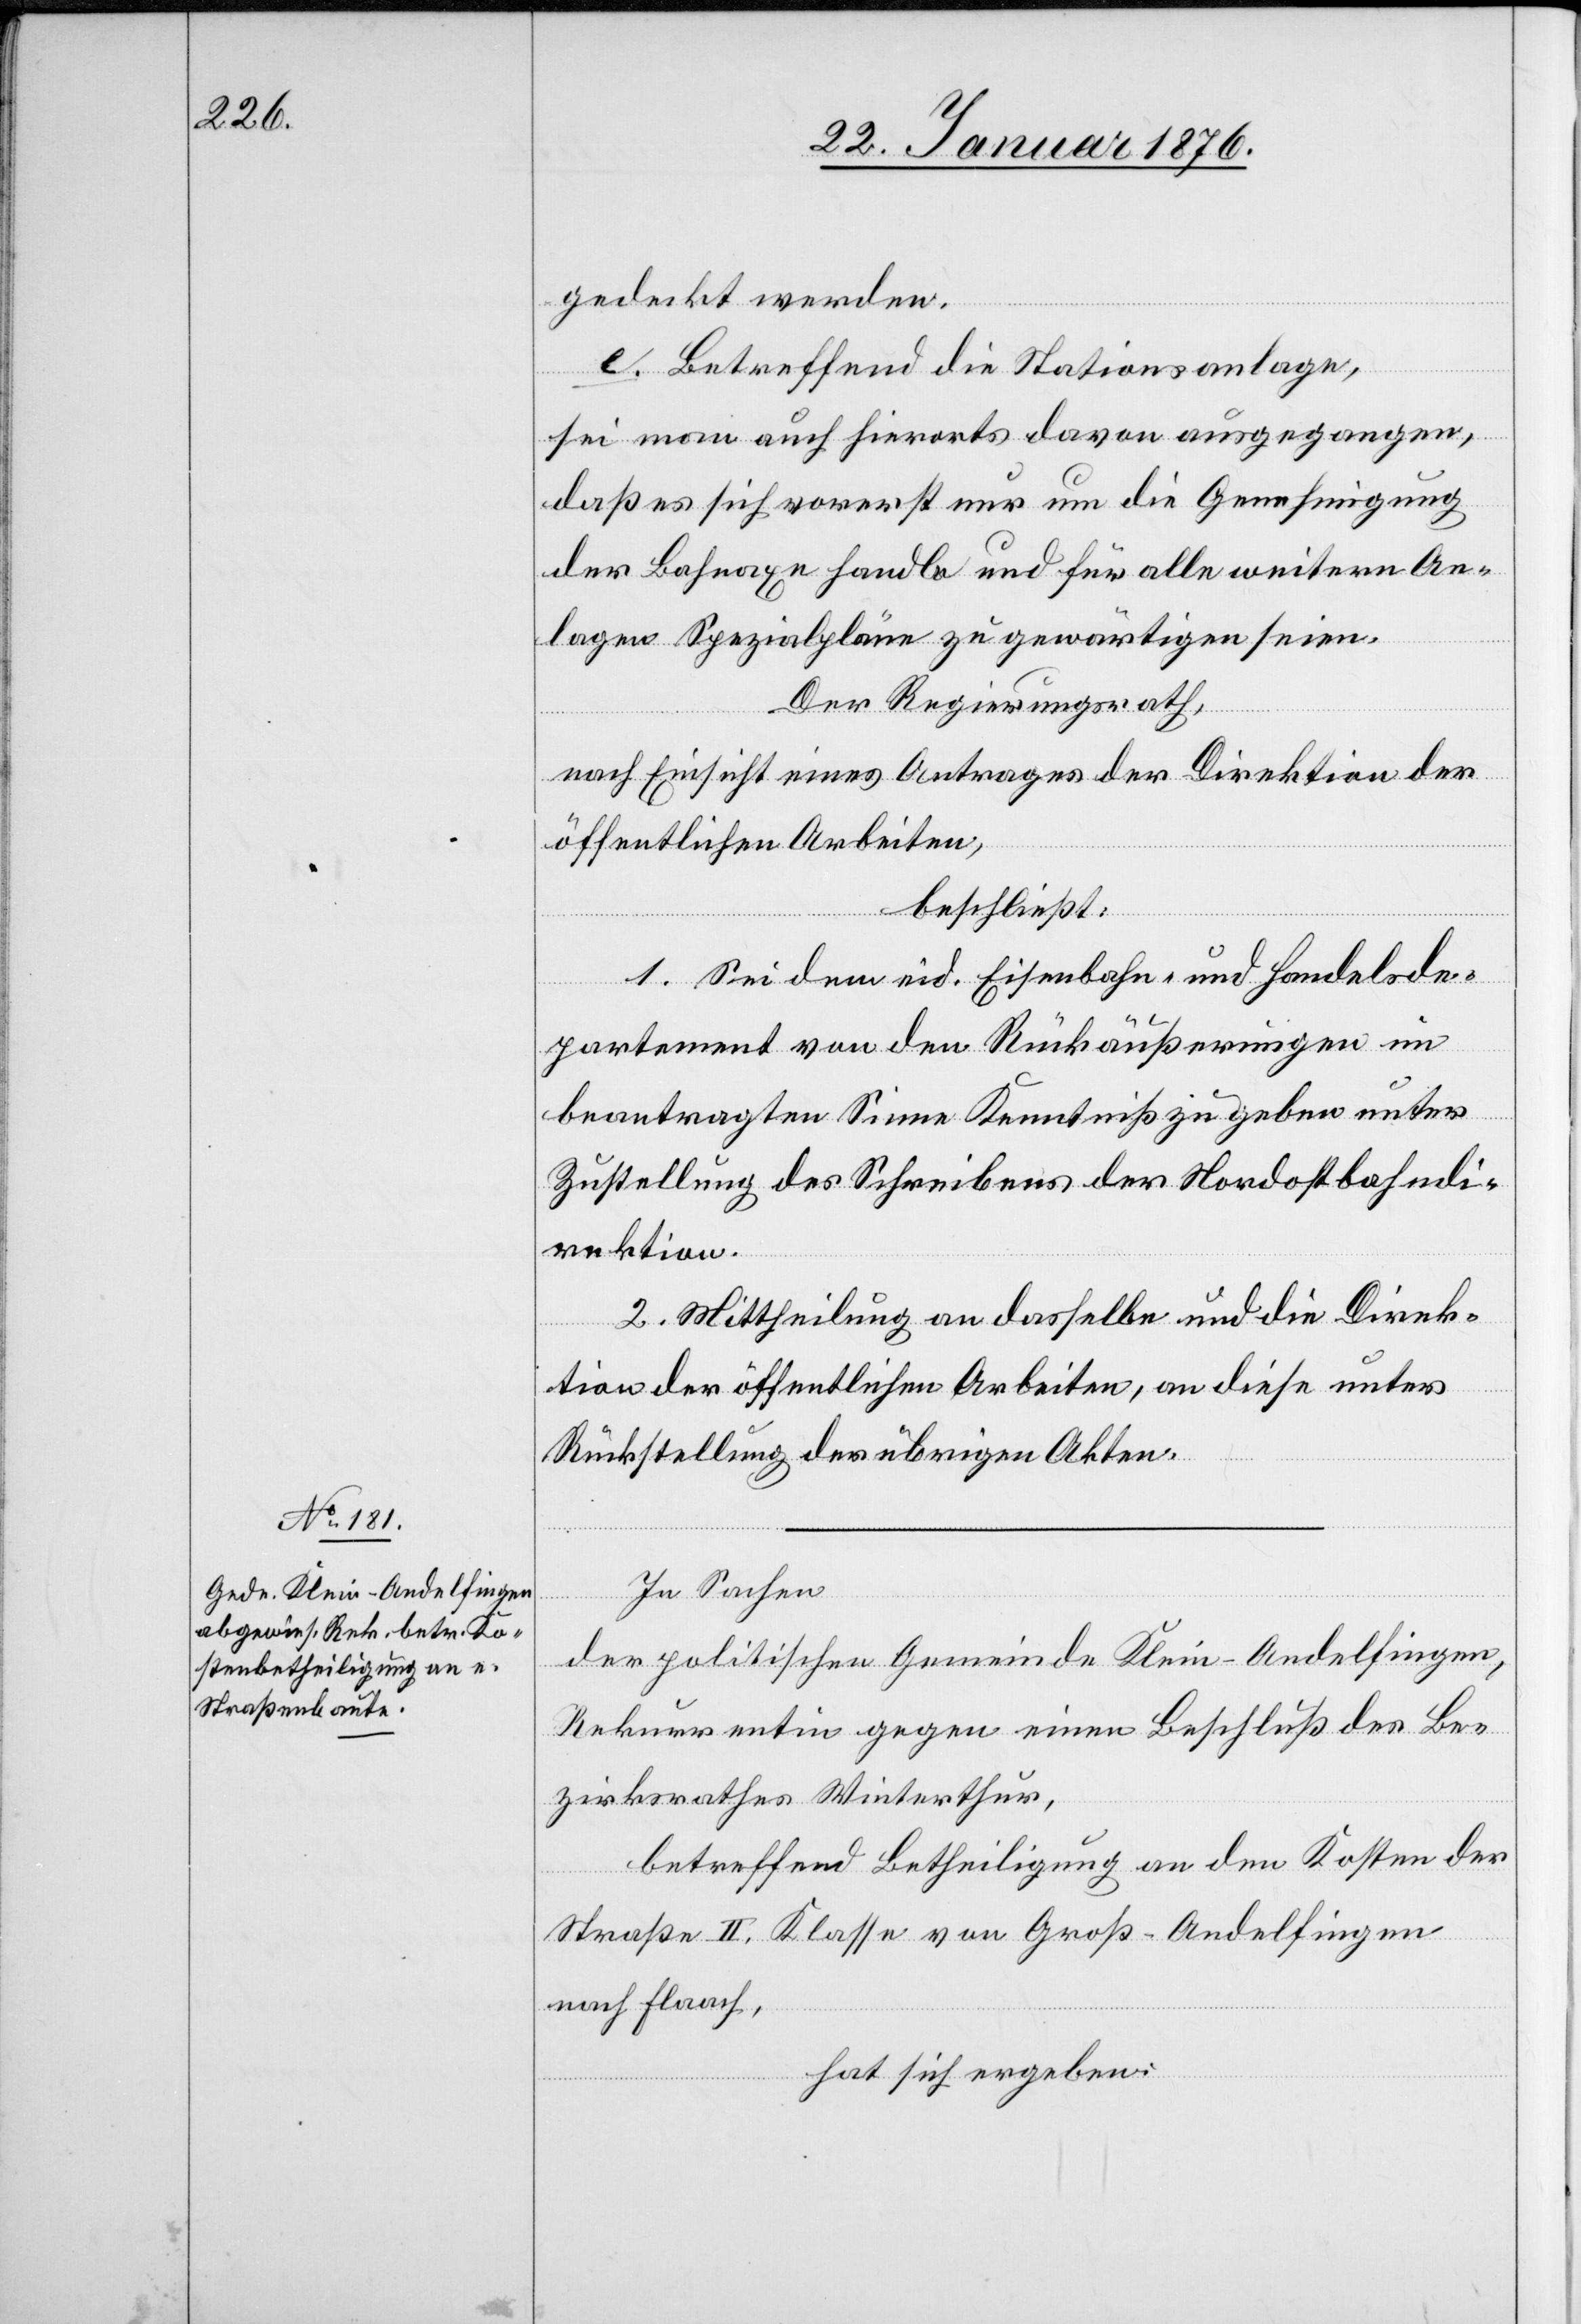
gedeckt werden.
e. Betreffend die Stationsanlage,
sei man auch hierorts davon ausgegangen,
daß es sich vorerst nur um die Genehmigung
der Bahnaxe handle und für alle weitern An¬
lagen Spezialpläne zu gewärtigen seien.
Der Regierungsrath,
nach Einsicht eines Antrages der Direktion der
öffentlichen Arbeiten,
beschließt:
1. Sei dem eid. Eisenbahn- und Handelsde¬
partement von den Rückäußerungen im
beantragten Sinne Kenntniß zu geben unter
Zustellung des Schreibens der Nordostbahndi¬
rektion.
2. Mittheilung an dasselbe und die Direk¬
tion der öffentlichen Arbeiten, an diese unter
Rückstellung der übrigen Akten.
In Sachen
der politischen Gemeinde Klein-Andelfingen,
Rekurrentin gegen einen Beschluß des Be¬
zirksrathes Winterthur,
betreffend Betheiligung an den Kosten der
Straße II. Klasse von Groß-Andelfingen
nach Flaach,
hat sich ergeben: